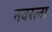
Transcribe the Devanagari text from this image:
नवरत्ना